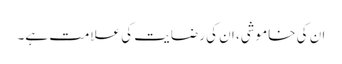
ان کی خاموشی، ان کی رضایت کی علامت ہے۔